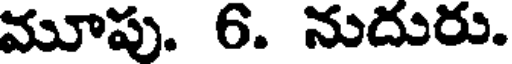
మూపు. 6. నుదురు.